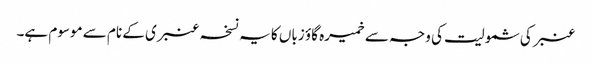
عنبر کی شمولیت کی وجہ سے خمیرہ گاؤ زباں کا یہ نسخہ عنبری کے نام سے موسوم ہے۔